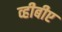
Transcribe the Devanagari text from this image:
व्हीबीए